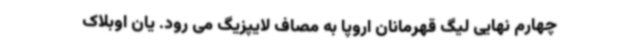
چهارم نهایی لیگ قهرمانان اروپا به مصاف لایپزیگ می رود. یان اوبلاک